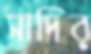
সাদির